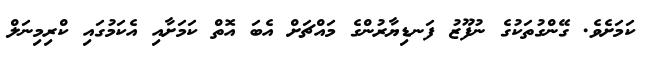
ކަމަށެވެ. ގޭންގުތަކުގެ ނުފޫޒު ފަނޑިޔާރުންގެ މައްޗަށް އެބަ އޮތް ކަމަށާއި އެކަމުގައި ކްރިމިނަލް